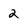
Character: 2